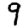
Digit: 9